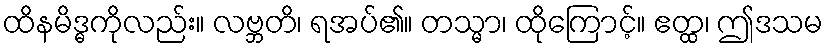
ထိနမိဒ္ဓကိုလည်း။ လဗ္ဘတိ၊ ရအပ်၏။ တသ္မာ၊ ထိုကြောင့်။ ဧတ္ထ၊ ဤဒသမ